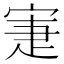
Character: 寁